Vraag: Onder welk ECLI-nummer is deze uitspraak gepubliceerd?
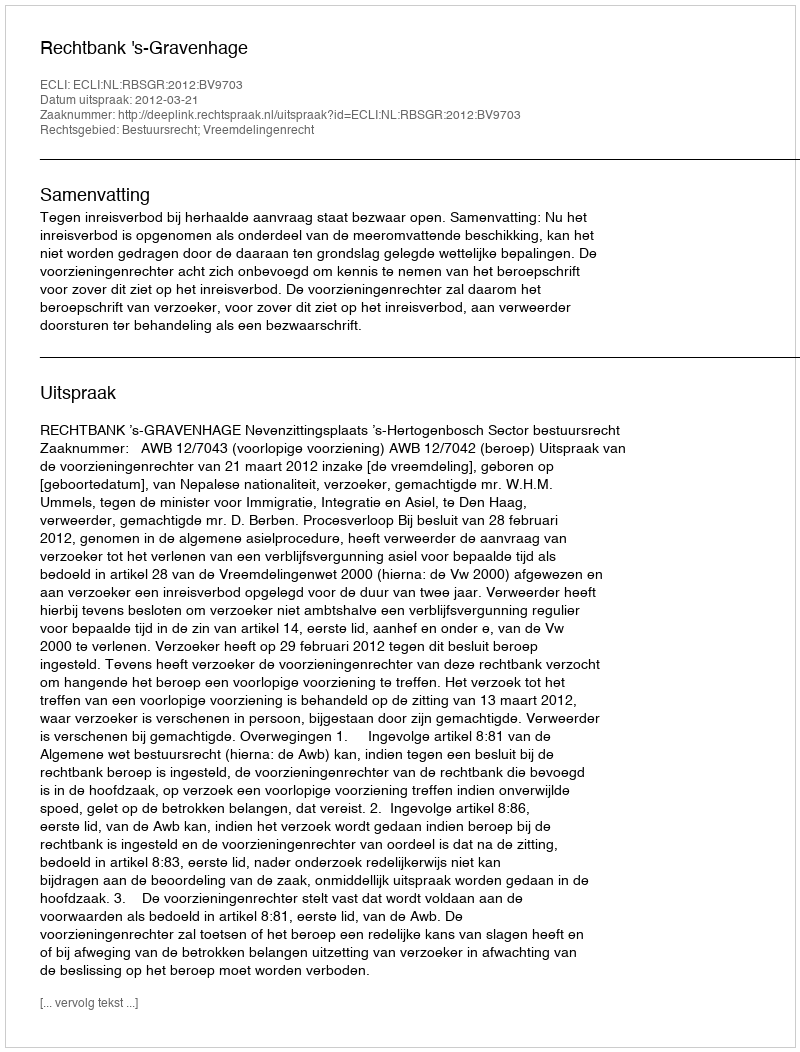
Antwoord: ECLI:NL:RBSGR:2012:BV9703